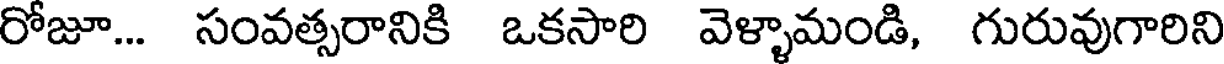
రోజూ... సంవత్సరానికి ఒకసారి వెళ్ళామండి, గురువుగారిని